system: You are a helpful assistant.
user:
Analyze the provided spectrum to determine if it is a **Carbon Star (C-type)**.

- **Key Visual Indicators of Carbon Star:**
    - **(Primary):** Strong molecular absorption from **C₂ (diatomic carbon) "Swan Bands."** This is the **defining feature** of a carbon star.
        - **(Key Bandheads):** Sharp absorption edges are visible at approximately $5635$ Å, $5165$ Å (the strongest band), and $4737$ Å.
        - **(Line Profile):** Creates a distinct **"saw-tooth"** pattern. The key morphology is a sharp, steep bandhead on the **red (long-wavelength) side**, which then gradually tapers off (i.e., flux recovers) towards the **blue (short-wavelength) side**. *(This is the direct opposite of the TiO bands seen in M-type stars)*.

    - **(Secondary):** Intense **CN (cyanogen)** molecular absorption bands.
        - **(Key Bandheads):** Located in the blue and violet regions of the spectrum (e.g., near $4215$ Å and $3883$ Å).
        - **(Morphology):** These bands are extremely broad and act as a "blanket," absorbing the vast majority of blue and violet light. This creates a characteristic **"cliff"** or **"steep drop-off"** in the spectrum's flux at short wavelengths.

    - **(Key Confirmation):** Strong **CH absorption band (G-band)**.
        - **(Key Bandhead):** Located around $4300$ Å. The contribution from CH molecules to this band is exceptionally strong.

    - **(Overall Spectrum):**
        - The continuum is severely "chopped up" by these deep molecular bands, especially C₂, rather than appearing as a smooth curve.
        - Due to the heavy CN and C₂ absorption in the blue-green, the vast majority of the star's flux is concentrated in the red part of the spectrum, giving the star its characteristic deep red color.

Think first, call **spectral_visualization_tool** if needed to examine features in detail, then provide your final answer. Your response must adhere to the following strict rules:
1.  **Overall Structure:** Your response must follow the format `<think>...</think> <tool_call>...</tool_call> (if a tool is used) <answer>...</answer>`.
2.  **Tool Usage Constraint:** You may only make **one** tool call per turn.
3.  **Final Answer Format:** In the `<answer>` tag, your conclusion must be inside a `\boxed{}` command (e.g., `\boxed{YES}`), followed by your justification.

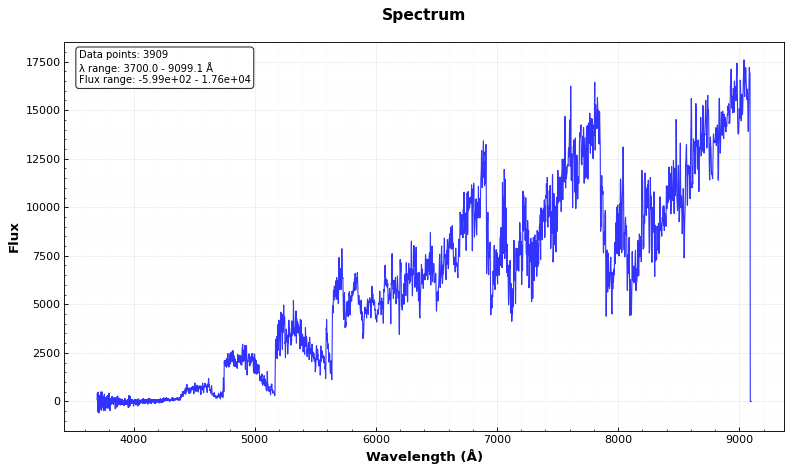
Answer: YES